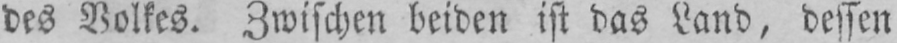
des Volkes. Zwischen beiden ist das Land, dessen